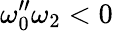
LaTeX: \omega_{0}^{\prime\prime}\omega_{2}<0